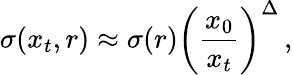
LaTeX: \sigma(x_{t},r)\approx\sigma(r)\left({\frac{x_{0}}{x_{t}}}\right)^{\Delta}\, ,